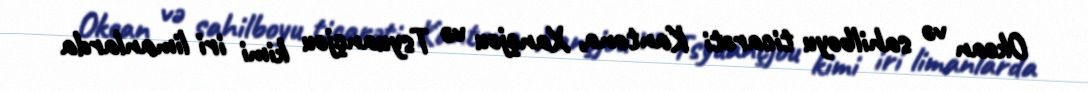
Okean və sahilboyu ticarəti Kantona, Xançjou və Tsyuançjou kimi iri limanlarda